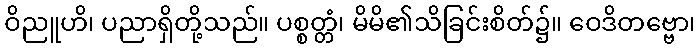
ဝိညူဟိ၊ ပညာရှိတို့သည်။ ပစ္စတ္တံ၊ မိမိ၏သိခြင်းစိတ်၌။ ဝေဒိတဗ္ဗော၊